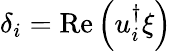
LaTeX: \delta_{i}=\operatorname{Re}\left(u_{i}^{\dagger}\xi\right)